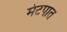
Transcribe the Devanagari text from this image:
मंटपात